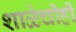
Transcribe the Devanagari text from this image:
शाळेचीही